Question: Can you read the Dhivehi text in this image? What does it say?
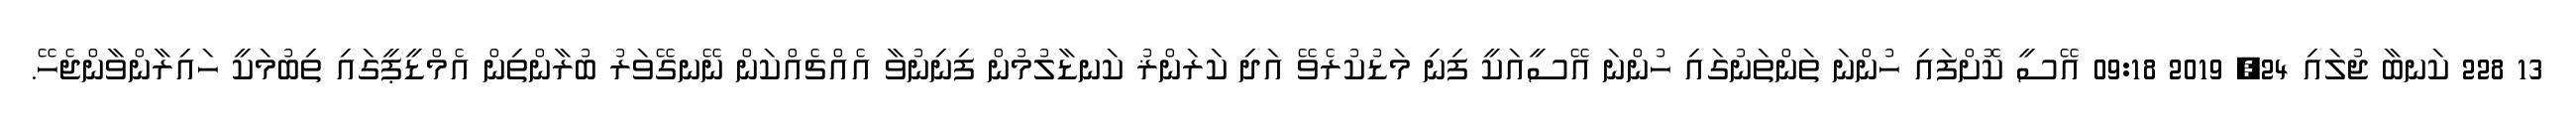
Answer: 13 228 ކަނބާ ޖުލައި 24, 2019 09:18 އޭސީ ކޮށްފައި ހުންނަ ތަންތަނުގައި ހުންނަ އޭސީއަކީ ފިނި މަޑުކުރެވޭ އަދި ކަރަންޜު ކަނޑާލުމުން ފިނިނުވާ އެއްޗެއްކަން ނޭނގޭވަރު ބުރާންތިން އެމްޑީޕީގައި ތިބުމަކީ ހައިރާންވާންޖެހޭ.